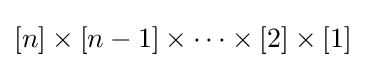
[n]\times [n-1]\times \cdots \times [2]\times [1]